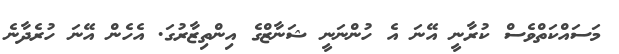
މަސައްކަތްވެސް ކުރާނީ އޭނަ އެ ހުންނަނީ ޝަނާޒްގެ އިންތިޒާރުގަ. އެހެން އޭނަ ހުރެދާނެ